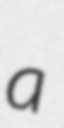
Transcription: a